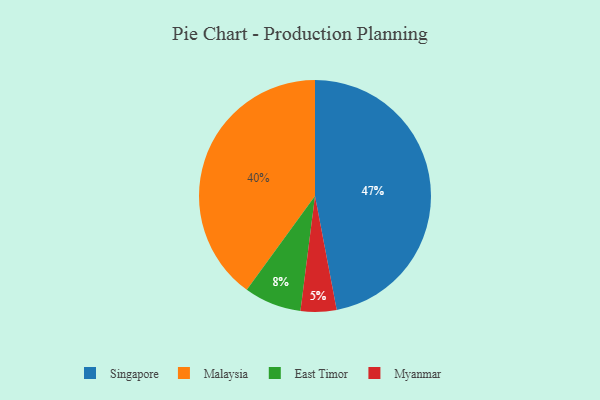
{"axis": {"x": "Category", "y": "Percentage"}, "legend": ["East Timor", "Malaysia", "Myanmar", "Singapore"], "data": [{"x": "Myanmar", "y": 5, "type": "Myanmar"}, {"x": "East Timor", "y": 8, "type": "East Timor"}, {"x": "Singapore", "y": 47, "type": "Singapore"}, {"x": "Malaysia", "y": 40, "type": "Malaysia"}]}